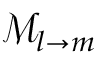
\mathcal { M } _ { l \to m }